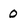
Character: 0